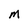
Character: M